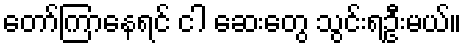
တော်ကြာနေရင် ငါ ဆေးတွေ သွင်းရဦးမယ်။